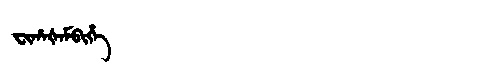
Manchu: ᠸᡳᡥᠠᡧᠠᠮᠪᡳᡥᡝ
Romanization: FIHAŠAMBIHE